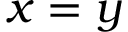
x = y